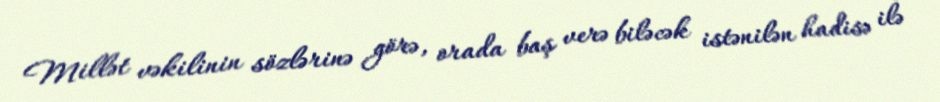
Millət vəkilinin sözlərinə görə, orada baş verə biləcək istənilən hadisə ilə